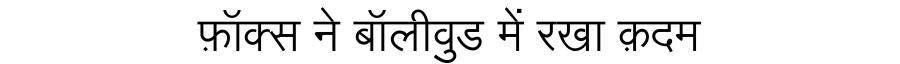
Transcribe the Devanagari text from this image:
फ़ॉक्स ने बॉलीवुड में रखा क़दम